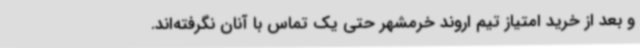
و بعد از خرید امتیاز تیم اروند خرمشهر حتی یک تماس با آنان نگرفته‌اند.